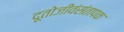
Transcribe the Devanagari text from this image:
दूतोजीवंसंतापक